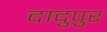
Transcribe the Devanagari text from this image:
दादुपुर